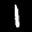
Label: 1